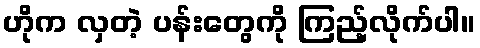
ဟိုက လှတဲ့ ပန်းတွေကို ကြည့်လိုက်ပါ။